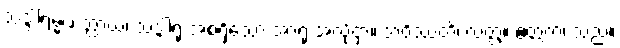
သဒ္ဒါရမ္မဏတ္ထာယ၊ သဒ္ဒါရုံ အစရှိသော အာရုံ အလို့ငှာ။ ဘဝိဿတိ၊ လတ္တံ့။ ဧတ္တကံ၊ သည်။